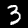
Label: 3